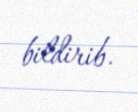
bildirib.